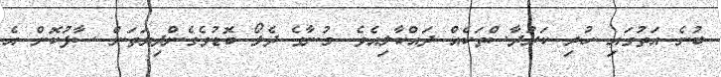
ބުނެ އަތުގައި ހުރި ކަރުދާސްތަކެއް ދައްކާލިއެވެ. މުނާގެ ދެލޯ ބޮޑުވެގެންދިޔަތަން ސާފުކޮށް އެ